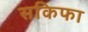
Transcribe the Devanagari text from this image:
सकिफा